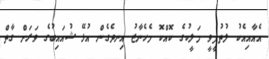
އެއާއިއެކު ލުތުފީވީ މަލީކުގެ ކޮއްކޮ މެހެނާޒު އިނދެގެން އުޅޭ ޝުއައިބުގެ ވަރަށް ގާތް